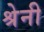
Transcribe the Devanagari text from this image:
श्रेनी